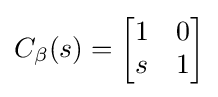
C_{\beta }(s)={\begin{bmatrix}1&0\\s&1\end{bmatrix}}